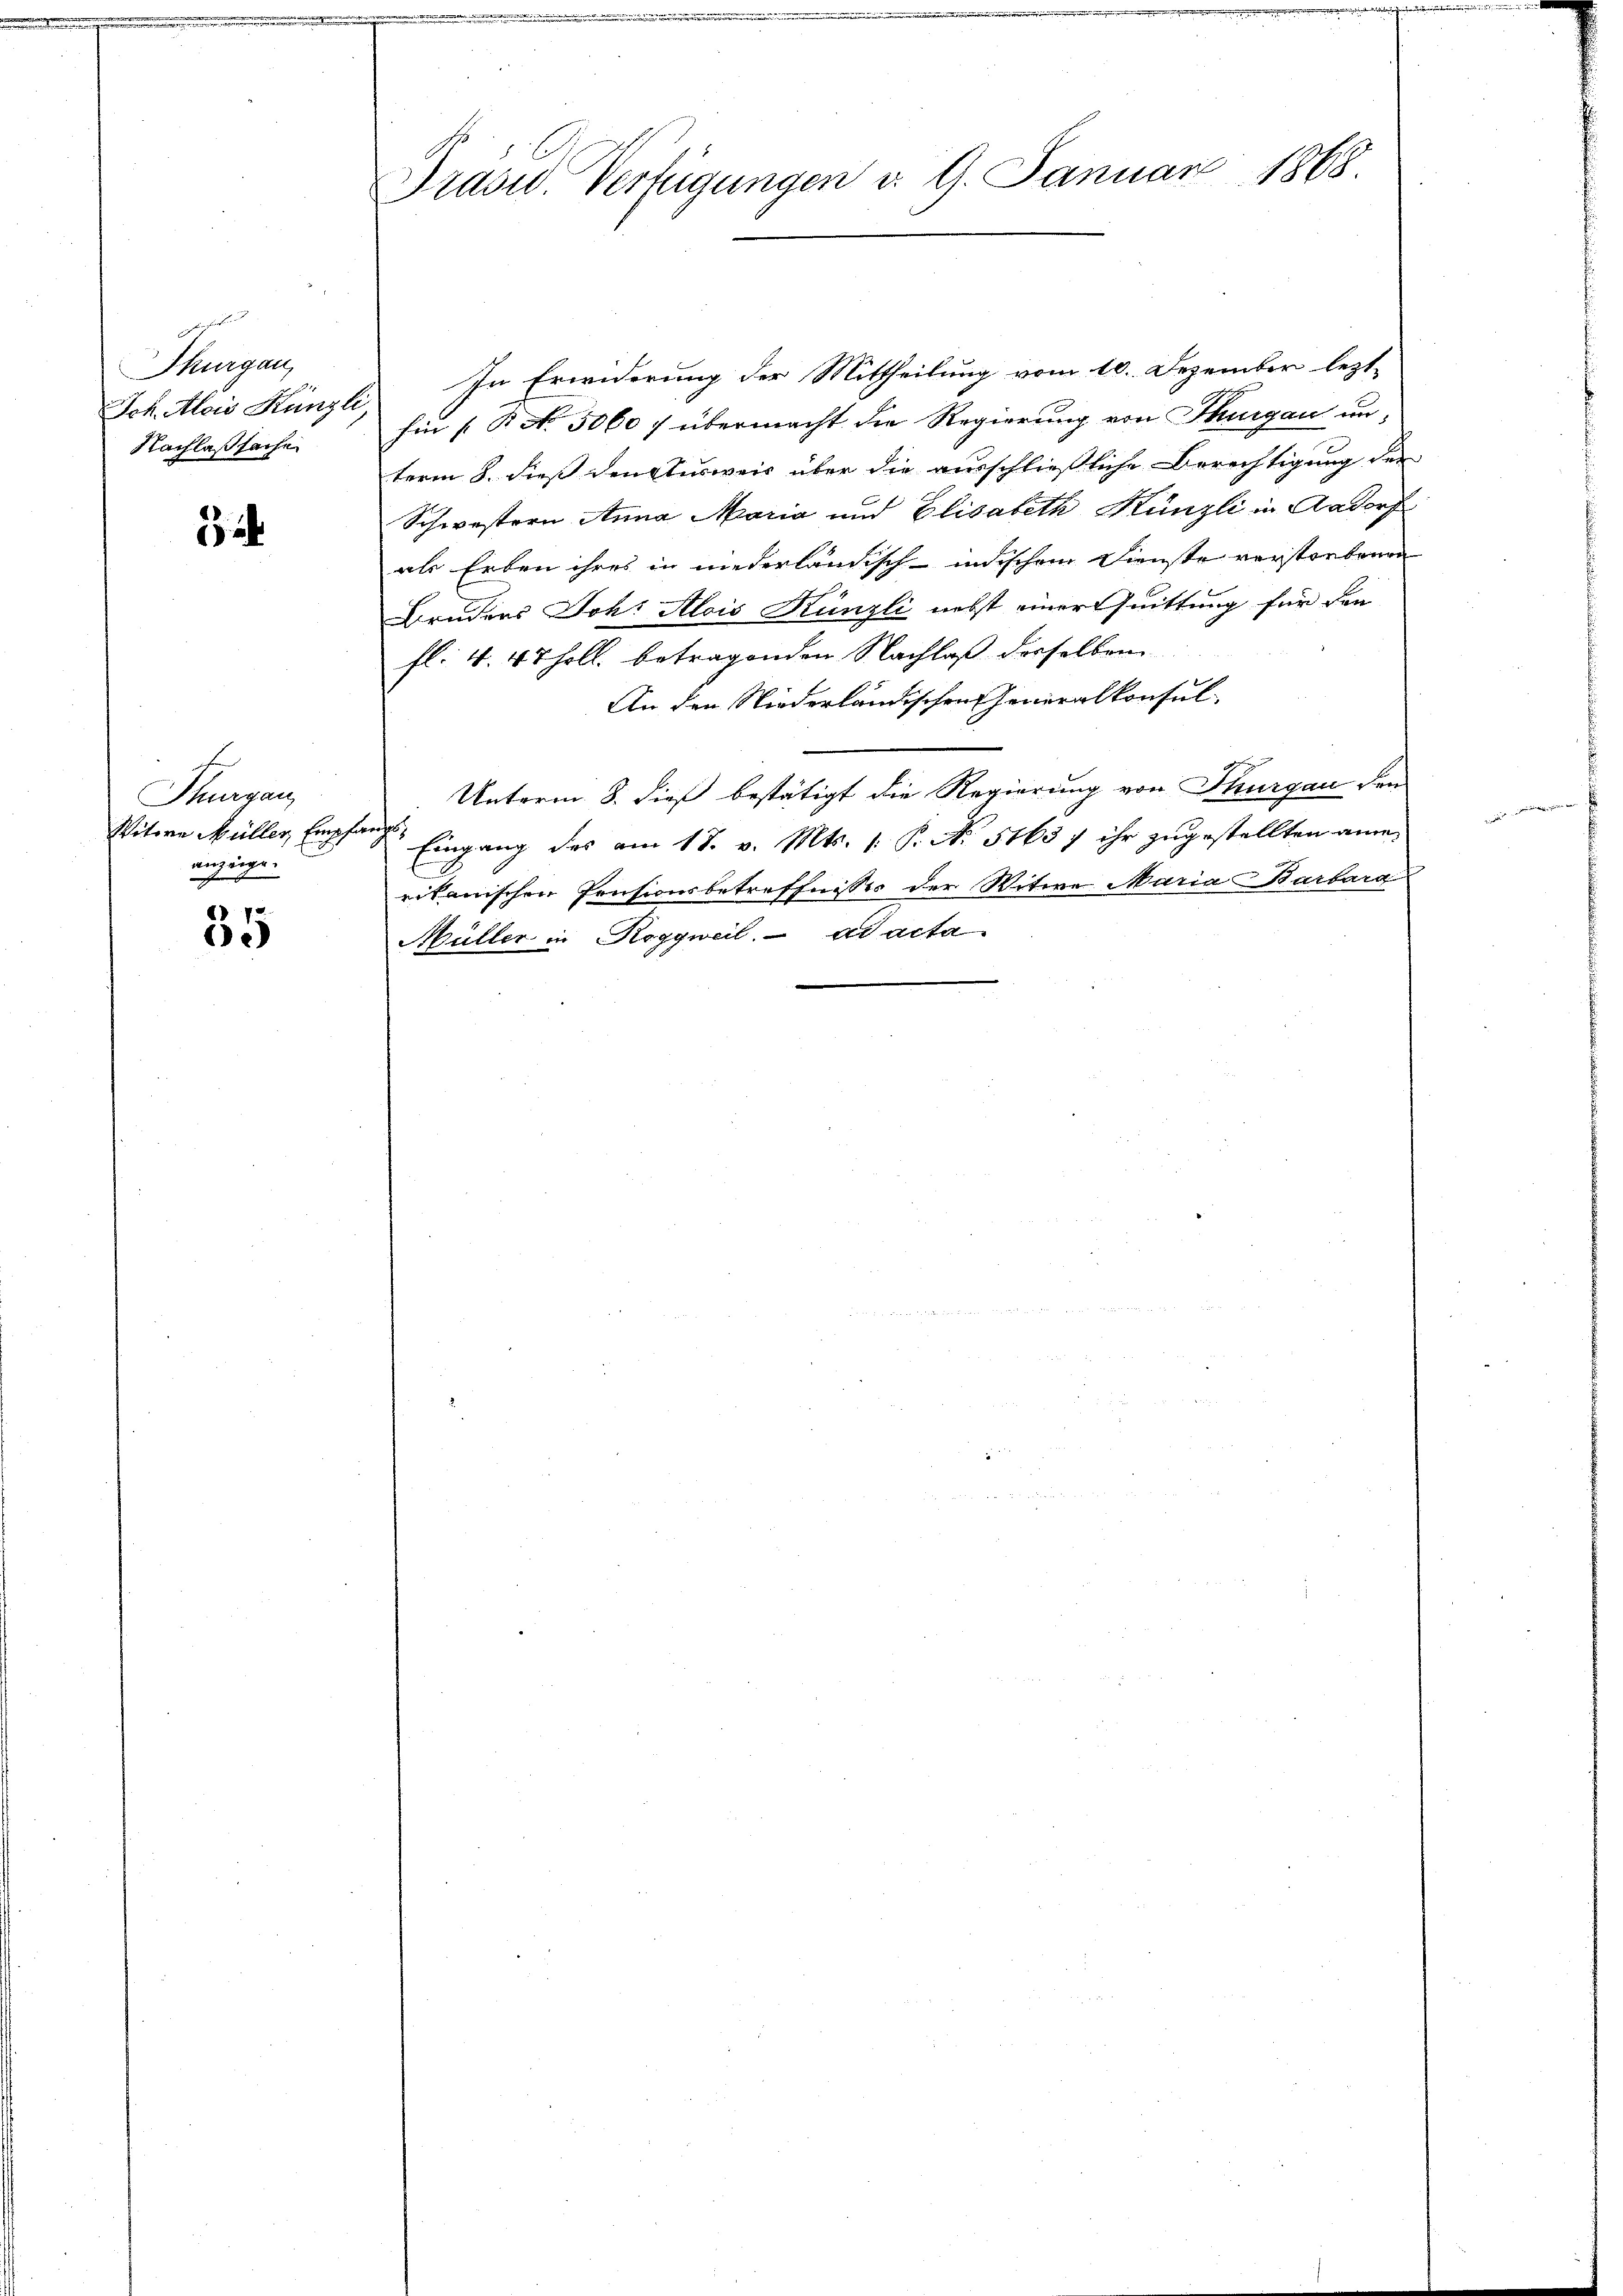
g
Thurgau,
Ich. Alois Künzli,
Nachlaßsache

Thurgau
Witwe Müller Empfan
anzeige.

35

Drasid. Verfügungen v. G. Januar 1868.

r

In Erwiderung der Mittheilung vom 10. Dezember lezt¬
Ein [R No. 5060 f übermacht die Regierung von Thurgau un-
term 8. dieß den Ausweis über die ausschließliche Berechtigung der
Schwestern Anna Maria und Elisabeth Künzli in Aadorf
als Erben ihres in niederländisch-indischem Dienste verstorbenen
Bruders Joh: Alois Künzli nebst einer Quittung für den
fl. 4. 47 holl. betragenden Nachlaß derselben
An den Niederländischen Generalkonsul-
Unterm 8. dieß bestätigt die Regierung von Thurgau den
 Eingang des am 17. v. Mts. f. P. No 5163 f ihr zugestellten amerikanischen Pensionsbetreffnisses der Witwe Maria Barbara
Müller in Roggweil. ad acta